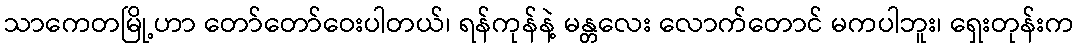
သာကေတမြို့ဟာ တော်တော်ဝေးပါတယ်၊ ရန်ကုန်နဲ့ မန္တလေး လောက်တောင် မကပါဘူး၊ ရှေးတုန်းက